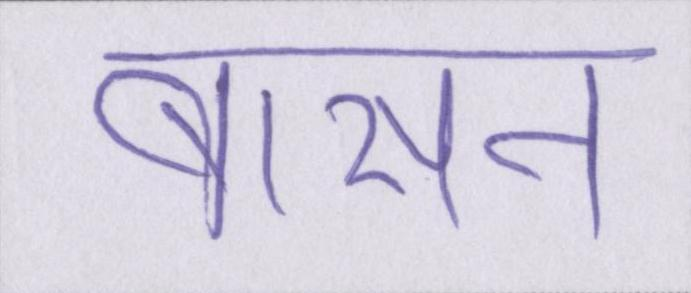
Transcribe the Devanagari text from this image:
बासन